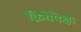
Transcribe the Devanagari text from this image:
क्रियेपेक्षा